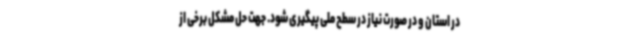
در استان و در صورت نیاز در سطح ملی پیگیری شود. جهت حل مشکل برخی از